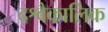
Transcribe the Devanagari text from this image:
दश्वैकालिक